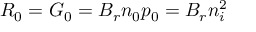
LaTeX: R _ { 0 } = G _ { 0 } = B _ { r } n _ { 0 } p _ { 0 } = B _ { r } n _ { i } ^ { 2 }